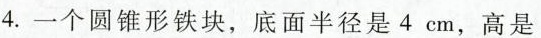
4.一个圆锥形铁块，底面半径是4cm，高是